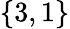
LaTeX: \{ 3,1\}